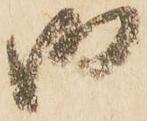
御